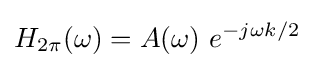
H_{2\pi }(\omega )=A(\omega )\ e^{-j\omega k/2}